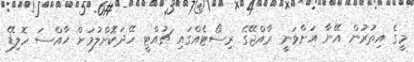
މީގެ އިތުރުން އޭނާ އަށްވަނީ ރާއްޖޭގެ ރިސޯޓެއްގައި ޗުއްޓީ ހޭދަކޮށްލުމަށް ޚާއްސަ ހޮލިޑޭ